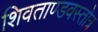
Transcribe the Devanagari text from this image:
शिवताण्डवस्तोत्र